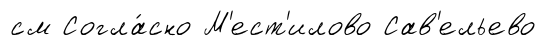
см Согла́сно М'ест'илово Сав'ельево